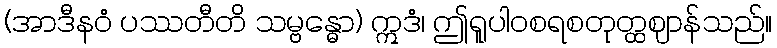
(အာဒီနဝံ ပဿတီတိ သမ္ဗန္ဓော) ဣဒံ၊ ဤရူပါဝစရစတုတ္ထဈာန်သည်။